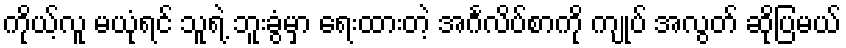
ကိုယ့်လူ မယုံရင် သူရဲ့ ဘူးခွံမှာ ရေးထားတဲ့ အင်္ဂလိပ်စာကို ကျုပ် အလွတ် ဆိုပြမယ်